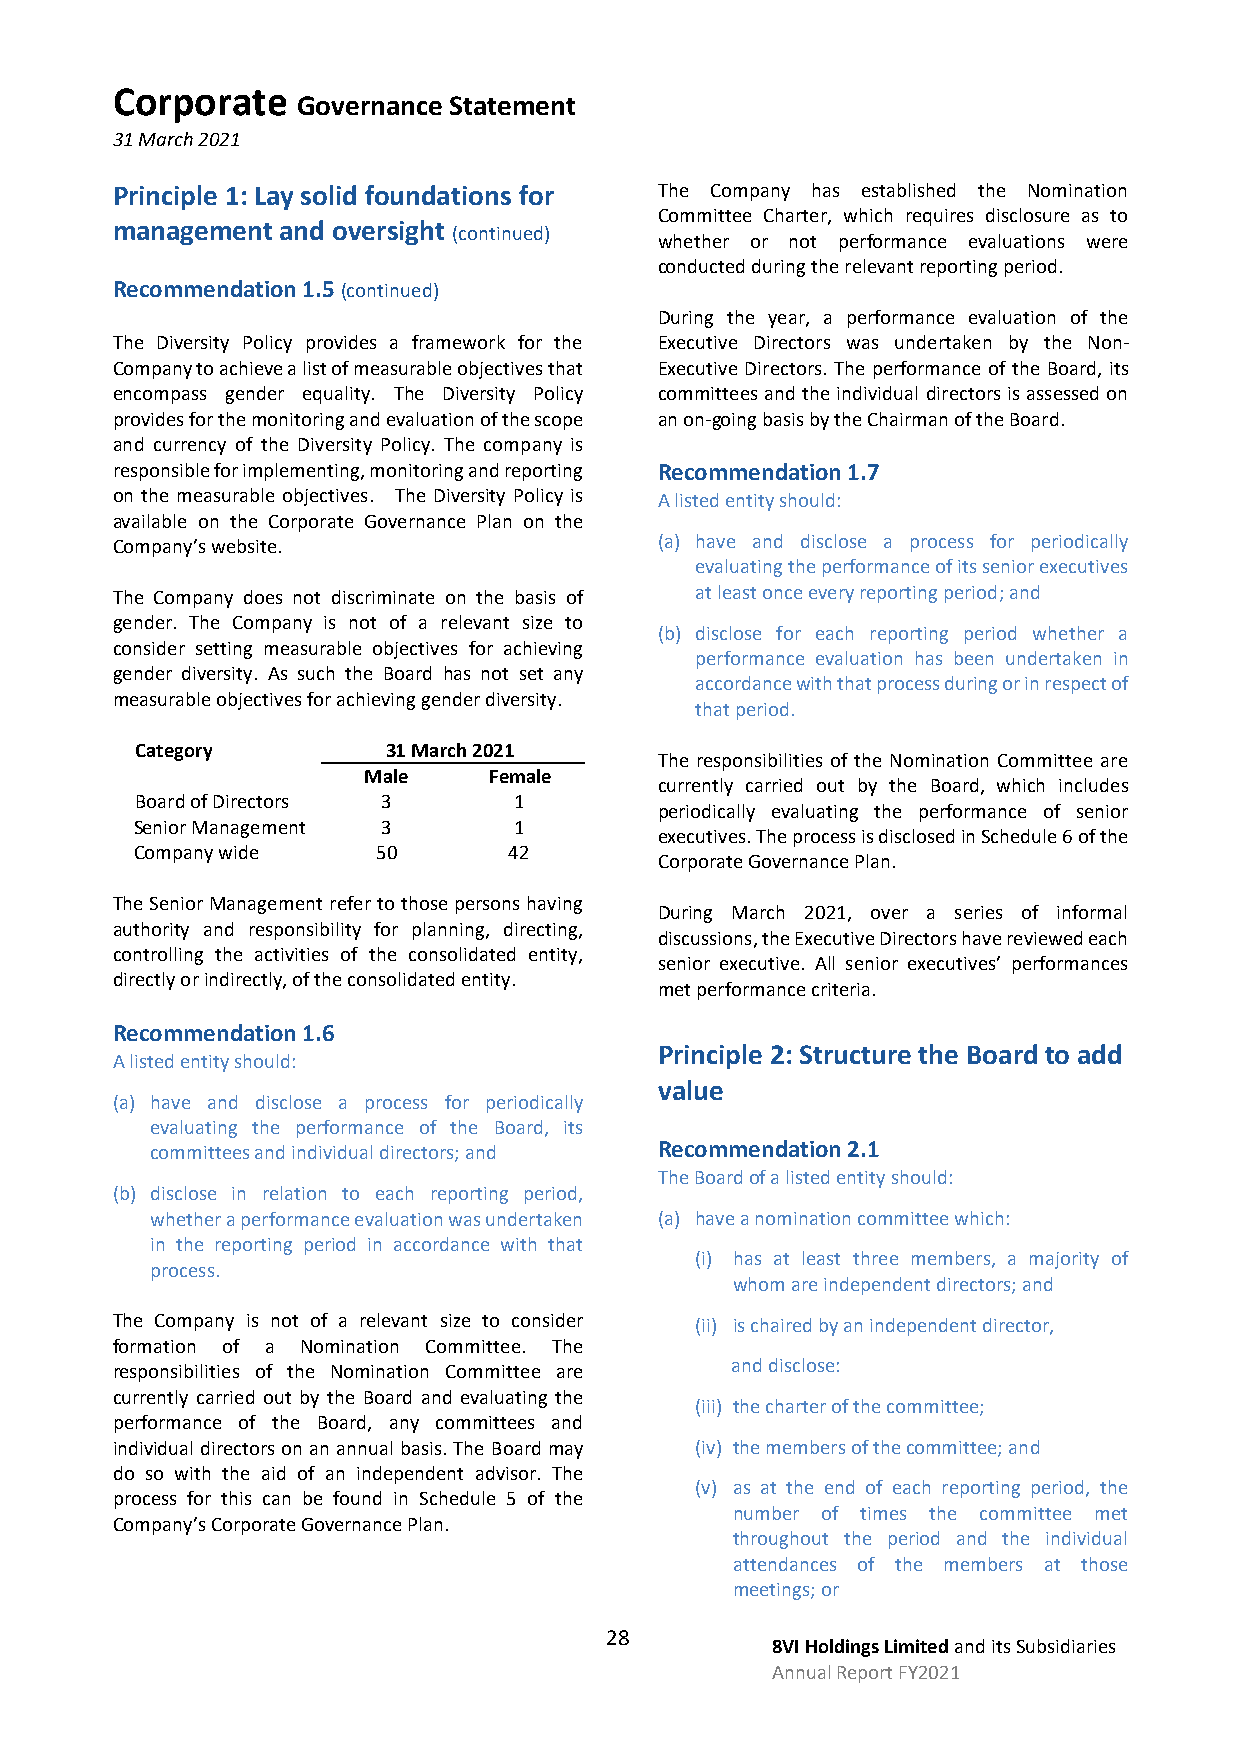
Corporate
 Governance Statement
 31 March 2021
 Principle 1: Lay solid foundations for The Company has established the Nomination
 Committee Charter, which requires disclosure as to
 management  and oversight
 (continued)
 whether or not performance evaluations were
 conducted during the relevant reporting period.
 Recommendation 1.5 (continued)
 During the year, a performance evaluation of the
 The Diversity Policy provides a framework for the Executive Directors was undertaken by the Non-
 Company to achieve a list of measurable objectives that Executive Directors. The performance of the Board, its
 encompass gender equality. The Diversity Policy committees and the individual directors is assessed on
 provides for the monitoring and evaluation of the scope an on-going basis by the Chairman of the Board.
 and currency of the Diversity Policy. The company is
 responsible for implementing, monitoring and reporting Recommendation 1.7
 on the measurable objectives. The Diversity Policy is A listed entity should:
 available on the Corporate Governance Plan on the
 Company’s website.                   (a) have and disclose a process for periodically
 evaluating the performance of its senior executives
 The Company does not discriminate on the basis of at least once every reporting period; and
 gender. The Company is not of a relevant size to
 (b) disclose for each reporting period whether a
 consider setting measurable objectives for achieving
 performance evaluation has been undertaken in
 gender diversity. As such the Board has not set any
 accordance with that process during or in respect of
 measurable objectives for achieving gender diversity.
 that period.
 Category         31 March 2021
 The responsibilities of the Nomination Committee are
 Male    Female
 currently carried out by the Board, which includes
 Board of Directors 3     1
 periodically evaluating the performance of senior
 Senior Management 3      1
 executives. The process is disclosed in Schedule 6 of the
 Company wide    50       42
 Corporate Governance Plan.
 The Senior Management refer to those persons having
 During March 2021, over a series of informal
 authority and responsibility for planning, directing,
 discussions, the Executive Directors have reviewed each
 controlling the activities of the consolidated entity,
 senior executive. All senior executives’ performances
 directly or indirectly, of the consolidated entity.
 met performance criteria.
 Recommendation 1.6
 Principle 2: Structure the Board to add
 A listed entity should:
 value
 (a) have and disclose a process for periodically
 evaluating the performance of the Board, its
 committees and individual directors; and Recommendation 2.1
 The Board of a listed entity should:
 (b) disclose in relation to each reporting period,
 whether a performance evaluation was undertaken (a) have a nomination committee which:
 in the reporting period in accordance with that
 (i) has at least three members, a majority of
 process.
 whom are independent directors; and
 The Company is not of a relevant size to consider (ii) is chaired by an independent director,
 formation of a Nomination Committee. The
 responsibilities of the Nomination Committee are and disclose:
 currently carried out by the Board and evaluating the
 (iii) the charter of the committee;
 performance of the Board, any committees and
 individual directors on an annual basis. The Board may (iv) the members of the committee; and
 do so with the aid of an independent advisor. The
 (v) as at the end of each reporting period, the
 process for this can be found in Schedule 5 of the
 number of times the committee met
 Company’s Corporate Governance Plan.
 throughout the period and the individual
 attendances of the members at those
 meetings; or
 28
 8VI Holdings Limited and its Subsidiaries
 Annual Report FY2021